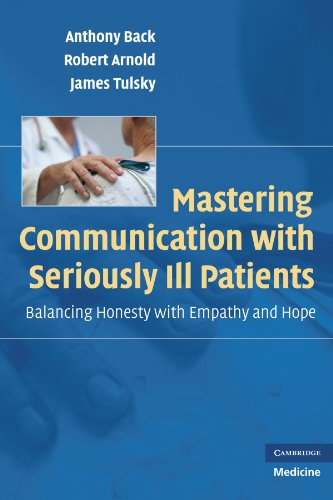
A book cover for Mastering Communication with Seriously Ill Patients: Balancing Honesty with Empathy and Hope; Anthony Back; Medical Books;